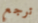
ترجع